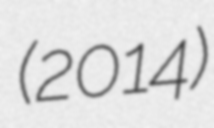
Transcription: (2014)